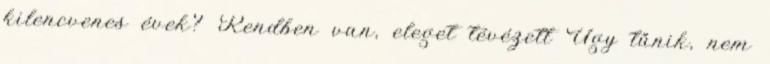
kilencvenes évek? Rendben van, eleget tévézett Úgy tűnik, nem